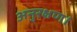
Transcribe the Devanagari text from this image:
अनुरक्षण।